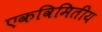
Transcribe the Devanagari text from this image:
एकविमितीय